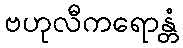
ဗဟုလီကရောန္တံ